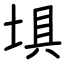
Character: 埧